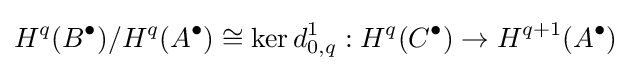
H^{q}(B^{\bullet })/H^{q}(A^{\bullet })\cong \ker d_{0,q}^{1}:H^{q}(C^{\bullet })\rightarrow H^{q+1}(A^{\bullet })